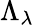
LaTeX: \Lambda_{\lambda}